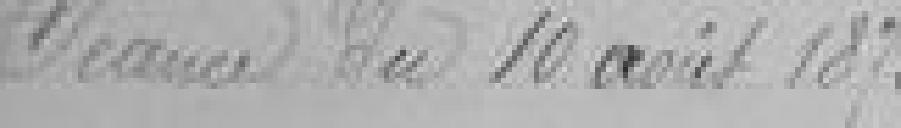
Séance du 10 août 1875